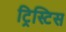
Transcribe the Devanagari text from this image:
ट्रिस्टिस